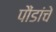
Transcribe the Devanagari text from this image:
पौंडांचे